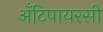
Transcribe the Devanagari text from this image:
अँटिपायरसी